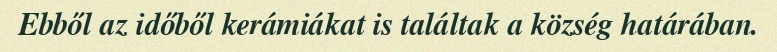
Ebből az időből kerámiákat is találtak a község határában.